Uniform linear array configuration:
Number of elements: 8
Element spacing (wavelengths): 1
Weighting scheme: blackman
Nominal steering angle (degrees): -60
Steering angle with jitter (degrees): -58.286
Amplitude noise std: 0.05
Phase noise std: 0.05

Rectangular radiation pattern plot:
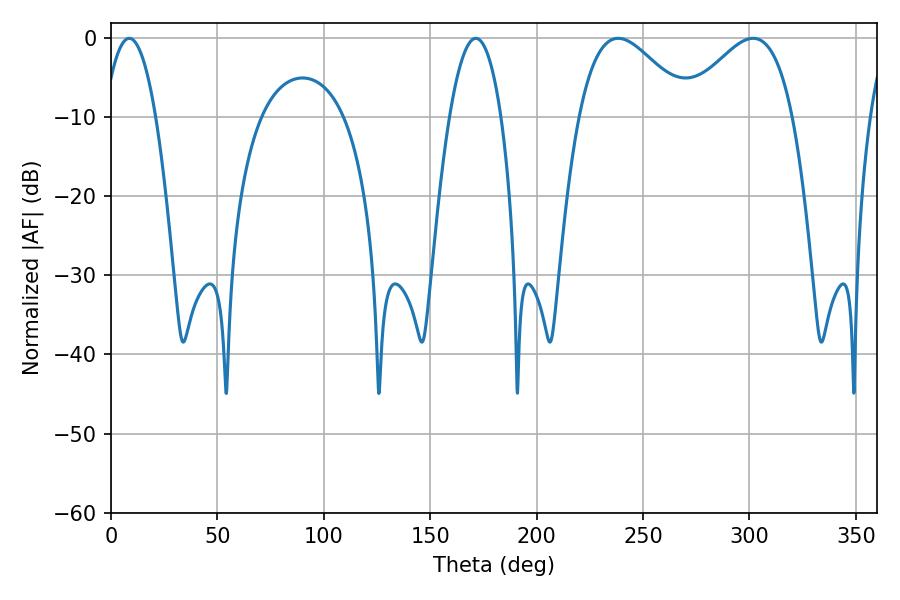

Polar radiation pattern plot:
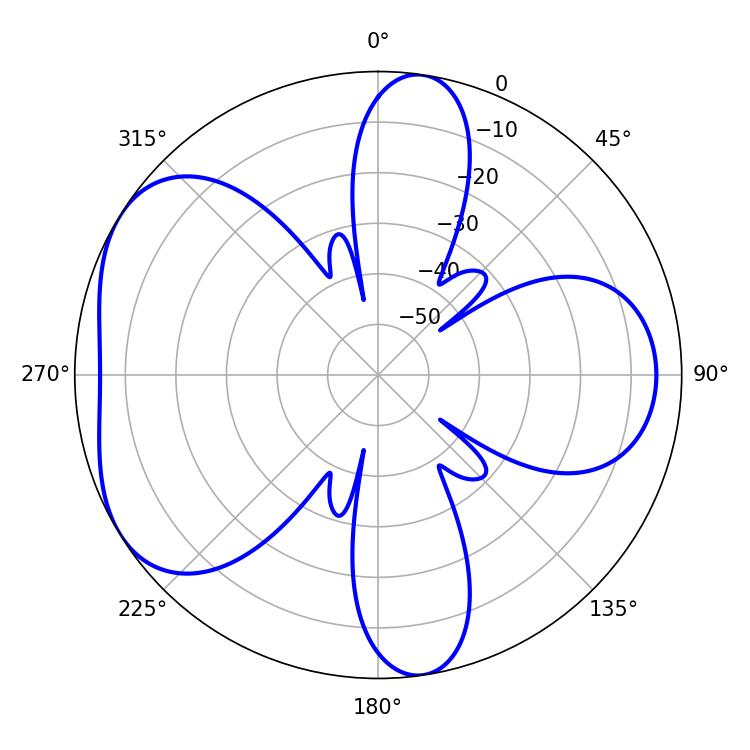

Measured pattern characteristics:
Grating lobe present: TRUE
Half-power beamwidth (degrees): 27.9
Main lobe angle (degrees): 238.32